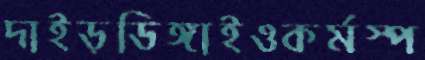
দাইড়ডিঙ্গাইওকর্মস্প